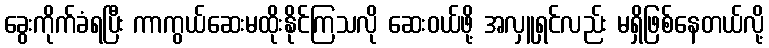
ခွေးကိုက်ခံရပြီး ကာကွယ်ဆေးမထိုးနိုင်ကြသလို ဆေးဝယ်ဖို့ အလှူရှင်လည်း မရှိဖြစ်နေတယ်လို့